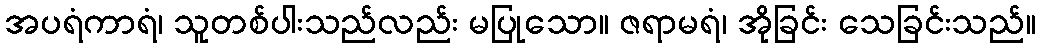
အပရံကာရံ၊ သူတစ်ပါးသည်လည်း မပြုသော။ ဇရာမရံ၊ အိုခြင်း သေခြင်းသည်။